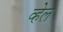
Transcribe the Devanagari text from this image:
व्‍हेल